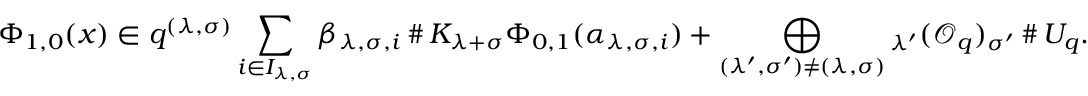
\Phi _ { 1 , 0 } ( x ) \in q ^ { ( \lambda , \sigma ) } \sum _ { i \in I _ { \lambda , \sigma } } \beta _ { \lambda , \sigma , i } \, \# \, K _ { \lambda + \sigma } \Phi _ { 0 , 1 } ( \alpha _ { \lambda , \sigma , i } ) + \bigoplus _ { ( \lambda ^ { \prime } , \sigma ^ { \prime } ) \neq ( \lambda , \sigma ) } { _ { \lambda ^ { \prime } } ( \mathcal { O } _ { q } ) _ { \sigma ^ { \prime } } } \, \# \, U _ { q } .